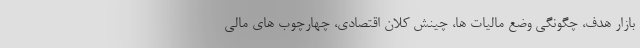
بازار هدف، چگونگی وضع مالیات ها، چینش کلان اقتصادی، چهارچوب های مالی